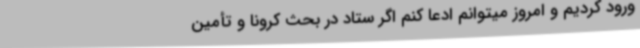
ورود کردیم و امروز میتوانم ادعا کنم اگر ستاد در بحث کرونا و تأمین